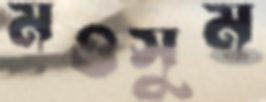
মওসুম